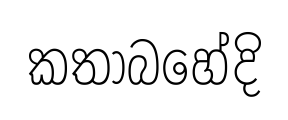
කතාබහේදි